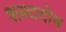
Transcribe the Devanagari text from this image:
शब्ददोष